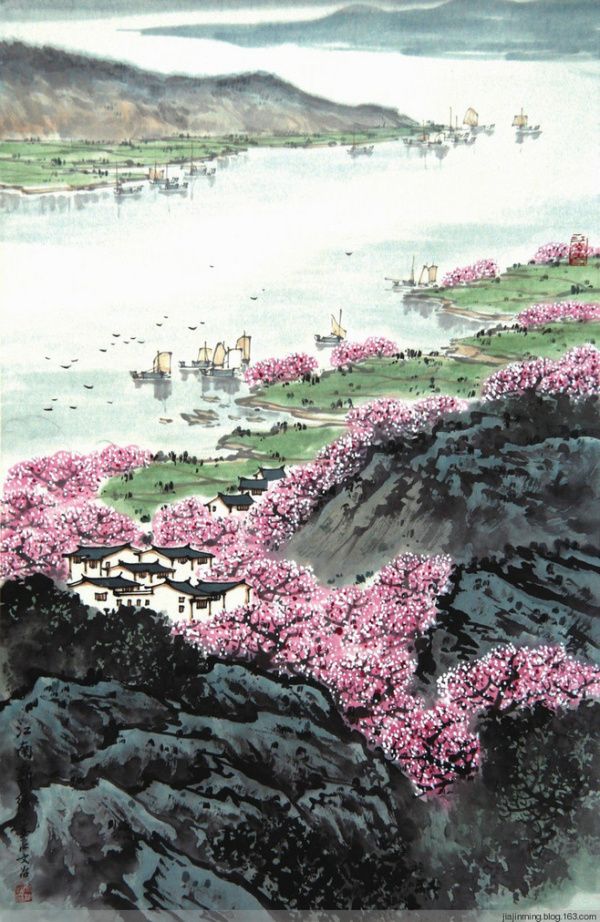
溪上桃花无数，花上有黄鹂。